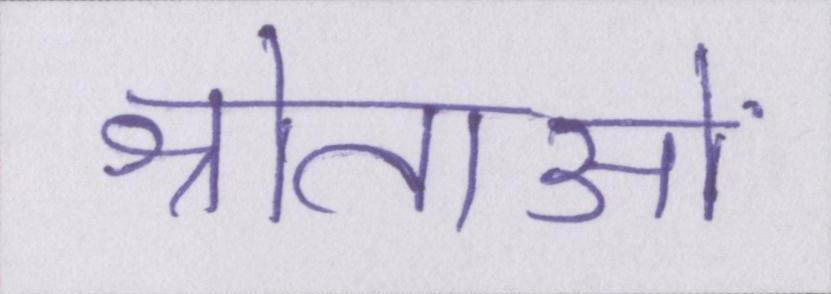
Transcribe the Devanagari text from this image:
श्रोताओं